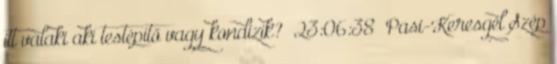
itt valaki aki testépitő vagy kondizik? 23:06:38 Pasi-Keresgél Szép